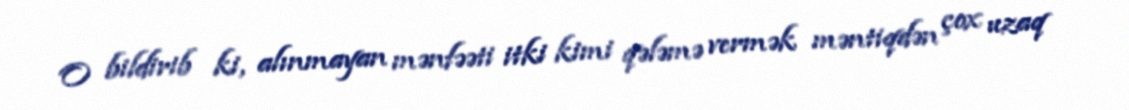
O bildirib ki, alınmayan mənfəəti itki kimi qələmə vermək məntiqdən çox uzaq